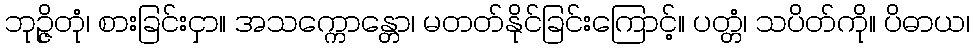
ဘုဉ္ဇိတုံ၊ စားခြင်းငှာ။ အသက္ကောန္တော၊ မတတ်နိုင်ခြင်းကြောင့်။ ပတ္တံ၊ သပိတ်ကို။ ပိဓာယ၊